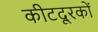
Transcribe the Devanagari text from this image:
कीटदूरकों